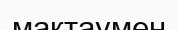
мақтаумен